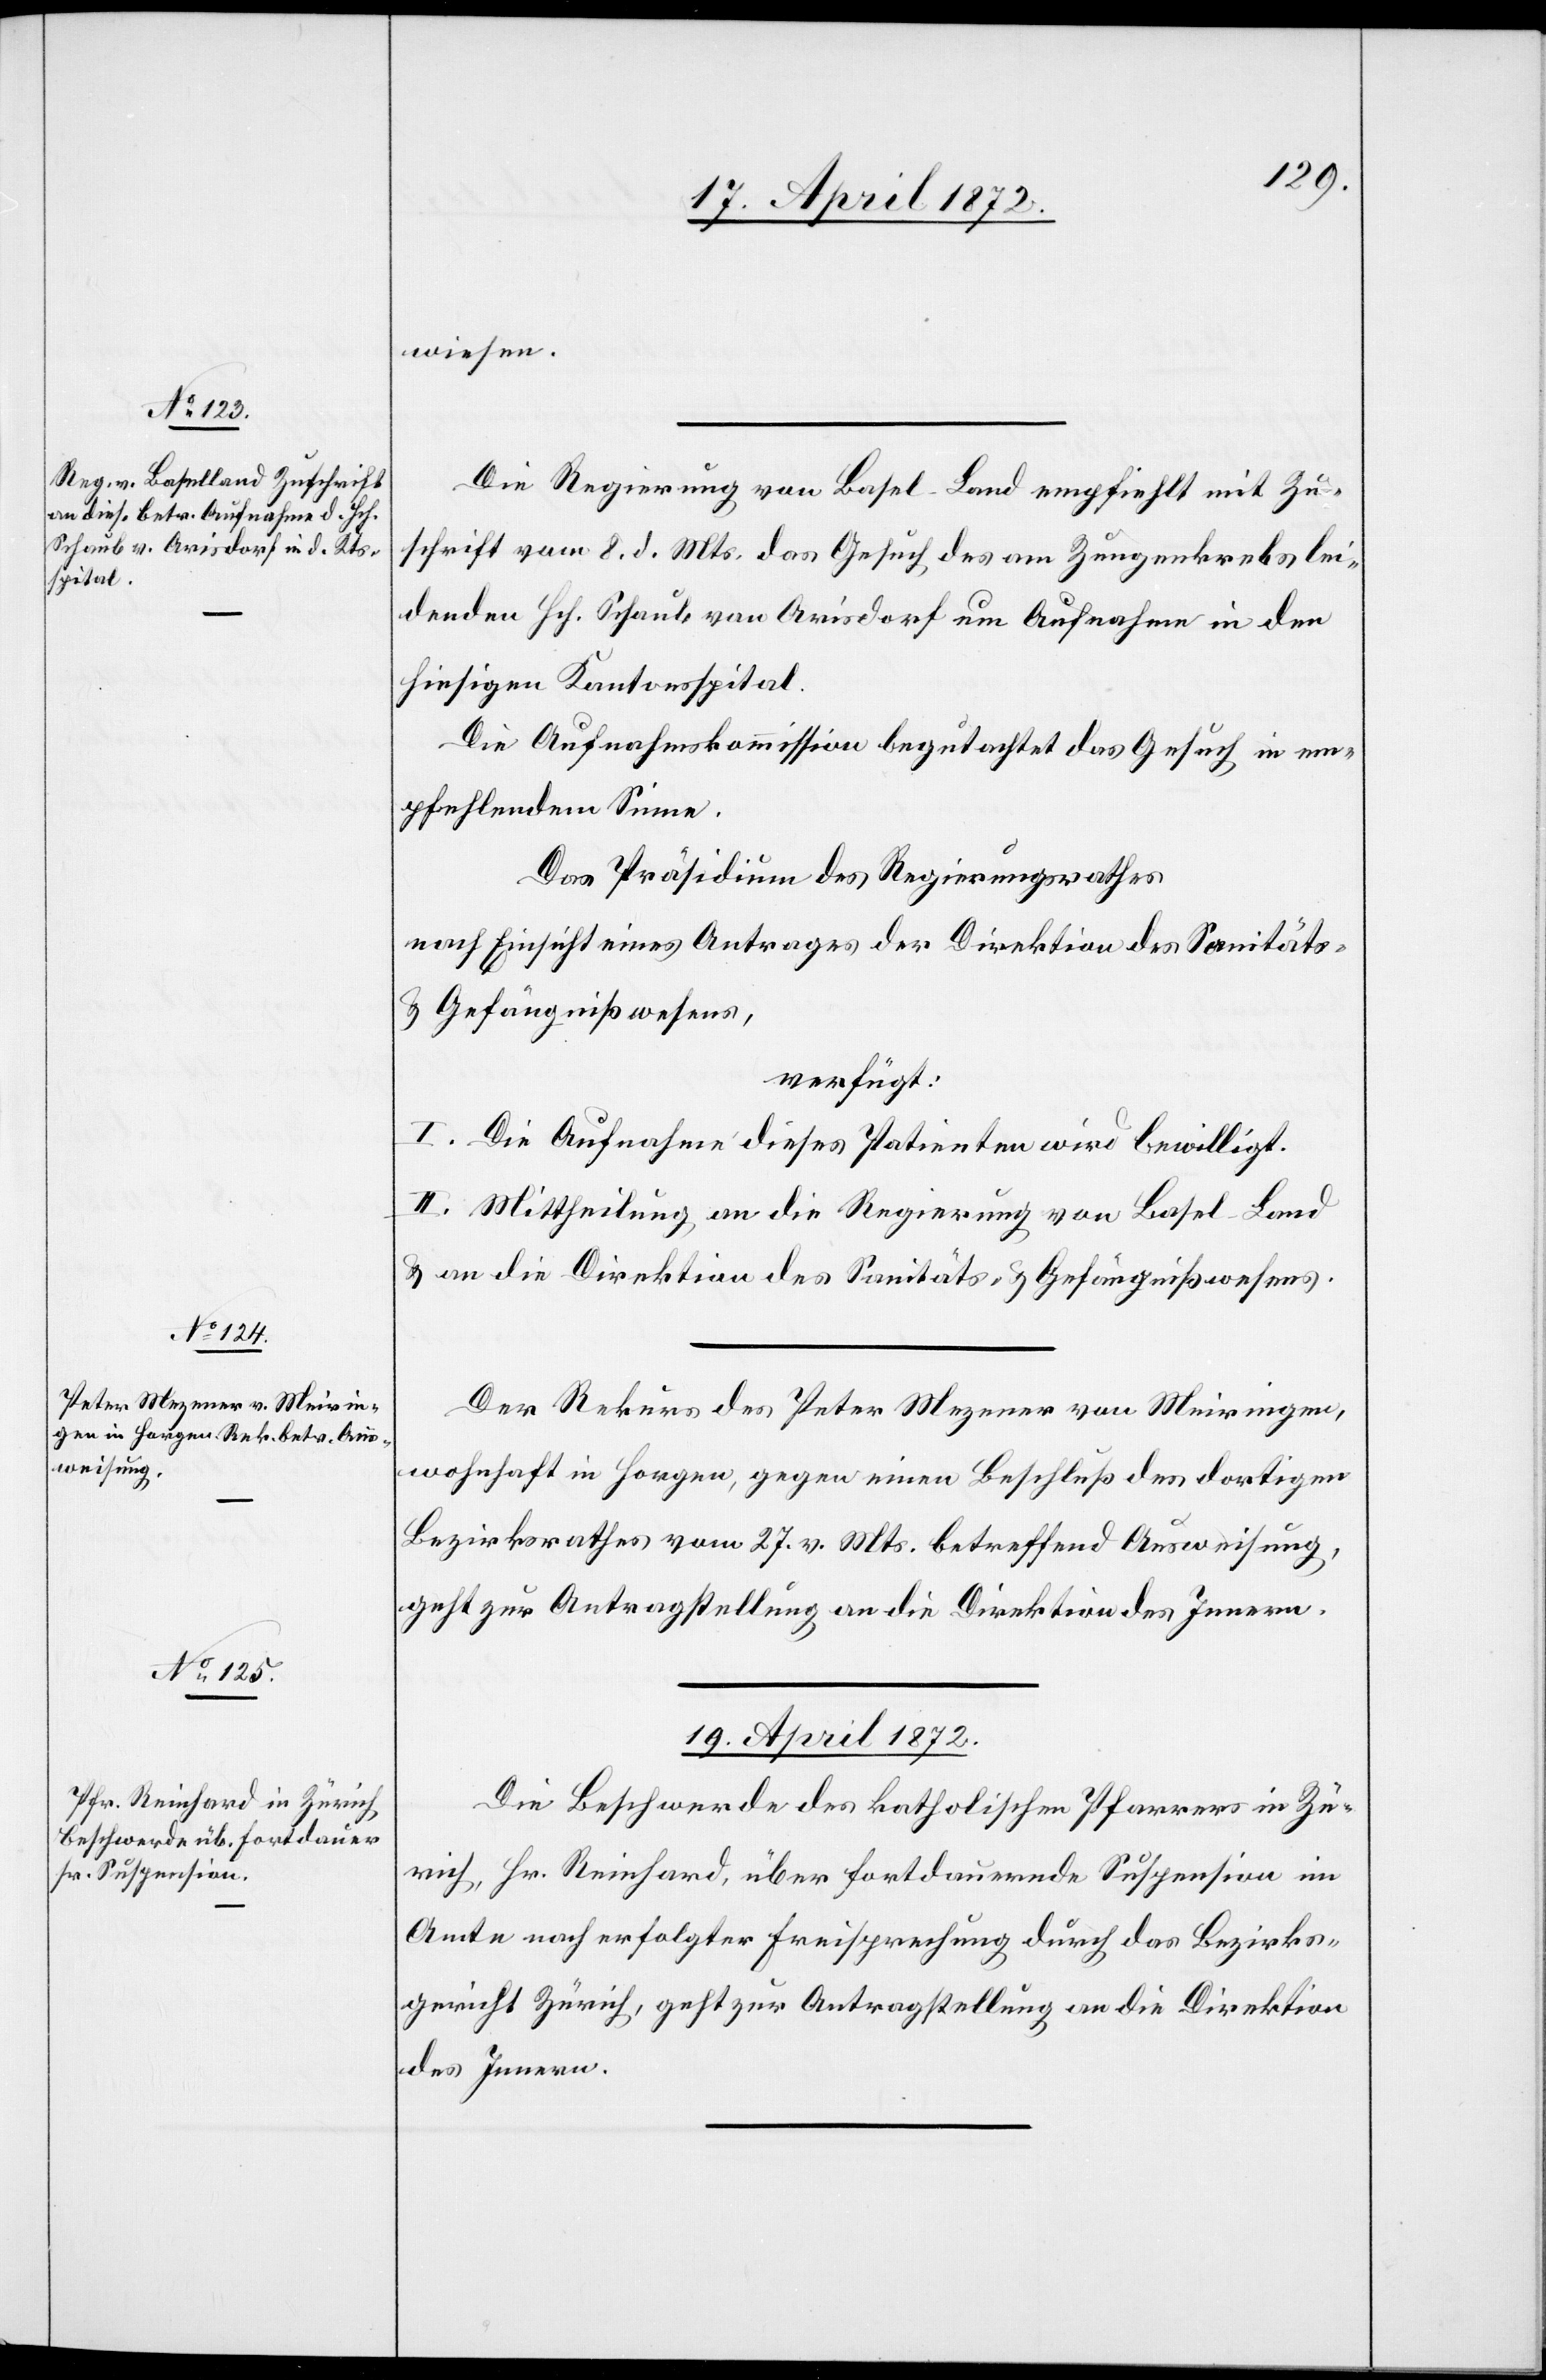
18. April 1872.]
wiesen.
Die Regierung von Basel-Land empfiehlt mit Zu¬
schrift vom 8. d. Mts. das Gesuch des an Zungenkrebs lei¬
denden Hch. Schaub von Arisdorf um Aufnahme in den
hiesigen Kantonsspital.
Die Aufnahmskommission begutachtet das Gesuch in em¬
pfehlendem Sinne.
Das Präsidium des Regierungsrathes
nach Einsicht eines Antrages der Direktion des Sanitäts-
u. Gefängnißwesens,
verfügt:
I. Die Aufnahme dieses Patienten wird bewilligt.
II. Mittheilung an die Regierung von Basel-Land
u. an die Direktion des Sanitäts- u. Gefängnißwesens.
Der Rekurs des Peter Mezener von Meiringen,
wohnhaft in Horgen, gegen einen Beschluß des dortigen
Bezirksrathes vom 27. d. Mts. betreffend Ausweisung,
geht zur Antragstellung an die Direktion des Innern.
19. April 1872.
Die Beschwerde des katholischen Pfarrers in Zü¬
rich, Hr. Reinhard, über fortdauernde Suspension im
Amte nach erfolgter Freisprechung durch das Bezirks¬
gericht Zürich, geht zur Antragstellung an die Direktion
des Innern.